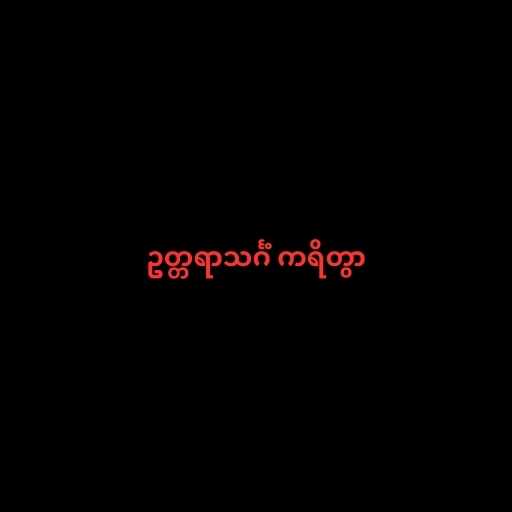
ဥတ္တရာသင်္ဂံ ကရိတွာ